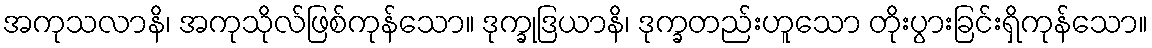
အကုသလာနိ၊ အကုသိုလ်ဖြစ်ကုန်သော။ ဒုက္ခုဒြယာနိ၊ ဒုက္ခတည်းဟူသော တိုးပွားခြင်းရှိကုန်သော။